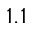
1 . 1